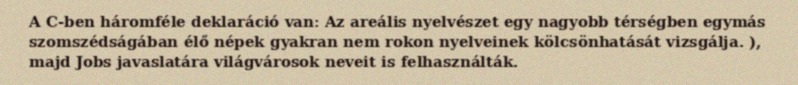
A C-ben háromféle deklaráció van: Az areális nyelvészet egy nagyobb térségben egymás szomszédságában élő népek gyakran nem rokon nyelveinek kölcsönhatását vizsgálja. ), majd Jobs javaslatára világvárosok neveit is felhasználták.